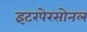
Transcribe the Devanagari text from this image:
इंटरपेरसोनल